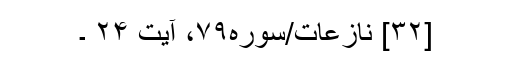
[۳۲] نازعات/سوره۷۹، آیت ۲۴ ۔